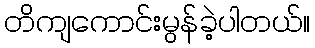
တိကျကောင်းမွန်ခဲ့ပါတယ်။